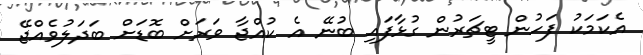
އެކަމަކު ފަހުން ޓީޗަރުން ގުޅާފައި ބުނޭ އެ ކުއްޖާ ވަރަށް ބޮޑަށް ބަދަލުވެއްޖޭ